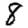
Digit: 8